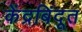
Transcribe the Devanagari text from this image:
केंद्रबिंदूत